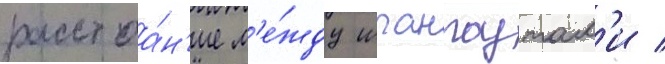
расстоа́н'ие м'е́жду шпангоутам'и /